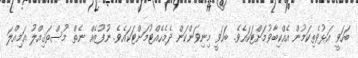
ބަހަވީ އަޅުވެތިކަމުން އެއްކިބާވުމަށްޓަކައެވެ. ބަހަވީ މިނިވަންކަން ދެމެހެއްޓުމަށްޓަކައެވެ. ނުފޫޒެއް ނެތް މުސްތަޤިއްލު އަމިއްލަ